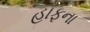
હાફના